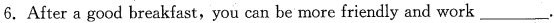
6. After a good breakfast,you can be more friendly and work ___